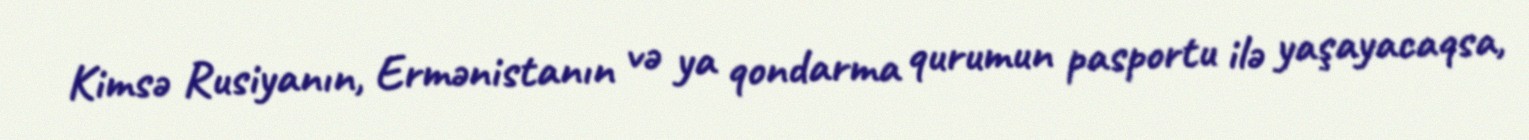
Kimsə Rusiyanın, Ermənistanın və ya qondarma qurumun pasportu ilə yaşayacaqsa,